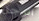
الرجل